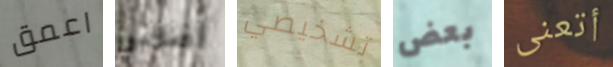
اعمق أضافي تشخيصي بعض أتعنى